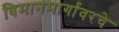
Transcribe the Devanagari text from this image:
विमानमार्गांवरचे